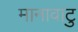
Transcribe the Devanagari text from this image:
मानावाटु